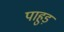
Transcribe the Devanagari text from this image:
पाहुड़